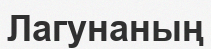
Лагунаның